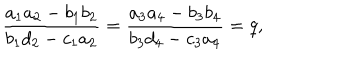
\frac { a _ { 1 } a _ { 2 } - b _ { 1 } b _ { 2 } } { b _ { 1 } d _ { 2 } - c _ { 1 } a _ { 2 } } = \frac { a _ { 3 } a _ { 4 } - b _ { 3 } b _ { 4 } } { b _ { 3 } d _ { 4 } - c _ { 3 } a _ { 4 } } = q ,